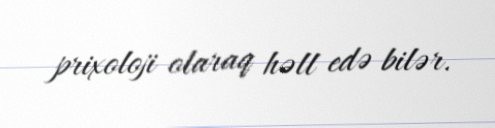
prixoloji olaraq həll edə bilər.